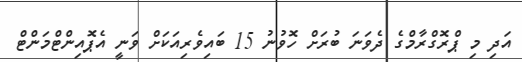
އަދި މި ޕްރޮގްރާމްގެ ދެވަނަ ބުރަށް ހޮވުނު 15 ބައިވެރިއަކަށް ވަނީ އެޕޮއިންޓްމަންޓް